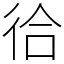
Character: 㣛